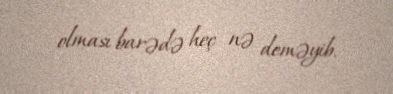
olması barədə heç nə deməyib.